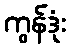
ကွန်ဒုံး